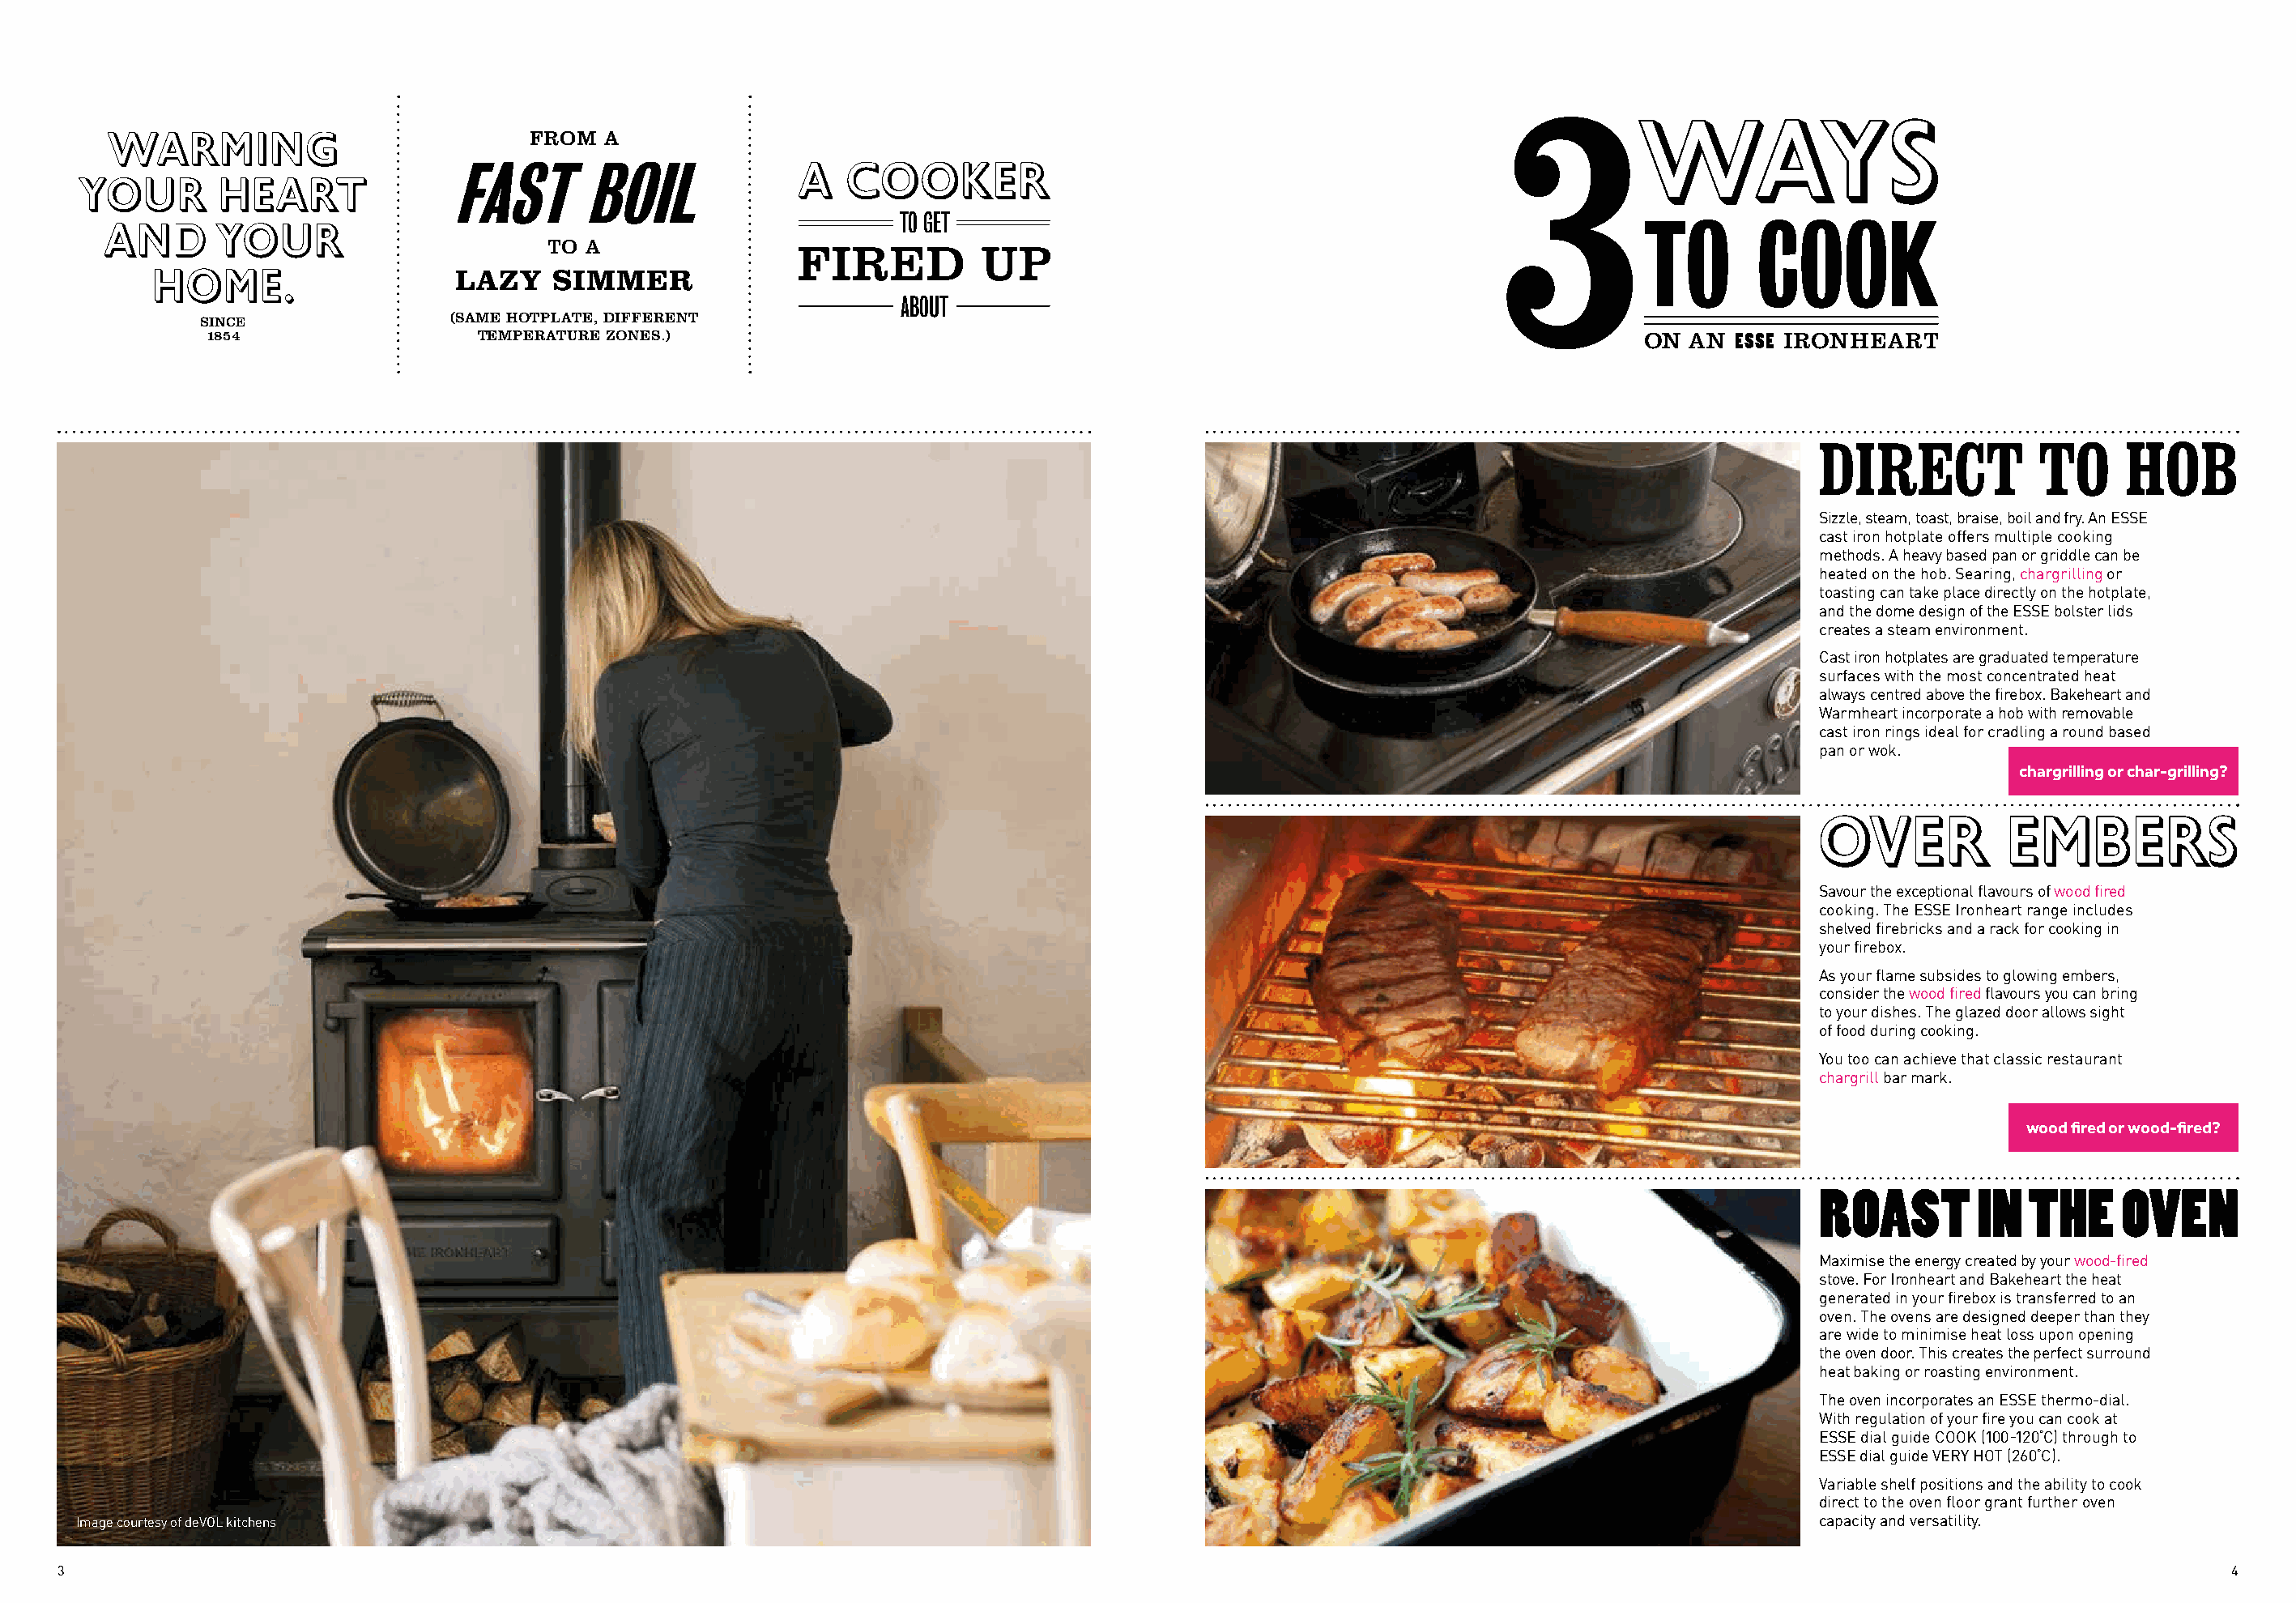
3
 W        AYS
 WARMING                           FROM  A
 FAST       BOIL             A   COOKER
 YOUR        HEART
 TO GET
 AND       YOUR                                                                                                                TO        COOK
 TO A                FIRED          UP
 HOME.                    LAZY    SIMMER
 ABOUT
 SINCE                (SAME HOTPLATE, DIFFERENT
 1854                  TEMPERATURE ZONES.)                                                                            ON  AN  ESSE IRONHEART
 D  IRECT          TO     HOB
 Sizzle, steam, toast, braise, boil and fry. An ESSE
 cast iron hotplate offers multiple cooking
 methods. A heavy based pan or griddle can be
 heated on the hob. Searing, chargrilling or
 toasting can take place directly on the hotplate,
 and the dome design of the ESSE bolster lids
 creates a steam environment.
 Cast iron hotplates are graduated temperature
 surfaces with the most concentrated heat
 always centred above the firebox. Bakeheart and
 Warmheart incorporate a hob with removable
 cast iron rings ideal for cradling a round based
 pan or wok.
 chargrilling or char-grilling?
 O   VER        EMBERS
 Savour the exceptional flavours of wood fired
 cooking. The ESSE Ironheart range includes
 shelved firebricks and a rack for cooking in
 your firebox.
 As your flame subsides to glowing embers,
 consider the wood fired flavours you can bring
 to your dishes. The glazed door allows sight
 of food during cooking.
 You too can achieve that classic restaurant
 chargrill bar mark.
 wood fired or wood-fired?
 ROAST        IN  THE    OVEN
 Maximise the energy created by your wood-fired
 stove. For Ironheart and Bakeheart the heat
 generated in your firebox is transferred to an
 oven. The ovens are designed deeper than they
 are wide to minimise heat loss upon opening
 the oven door. This creates the perfect surround
 heat baking or roasting environment.
 The oven incorporates an ESSE thermo-dial.
 With regulation of your fire you can cook at
 ESSE dial guide COOK (100-120°C) through to
 ESSE dial guide VERY HOT (260°C).
 Variable shelf positions and the ability to cook
 direct to the oven floor grant further oven
 Image courtesy of deVOL kitchens                                                                                                               capacity and versatility.
 3                                                                                                                                                                                4